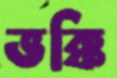
ভক্কি